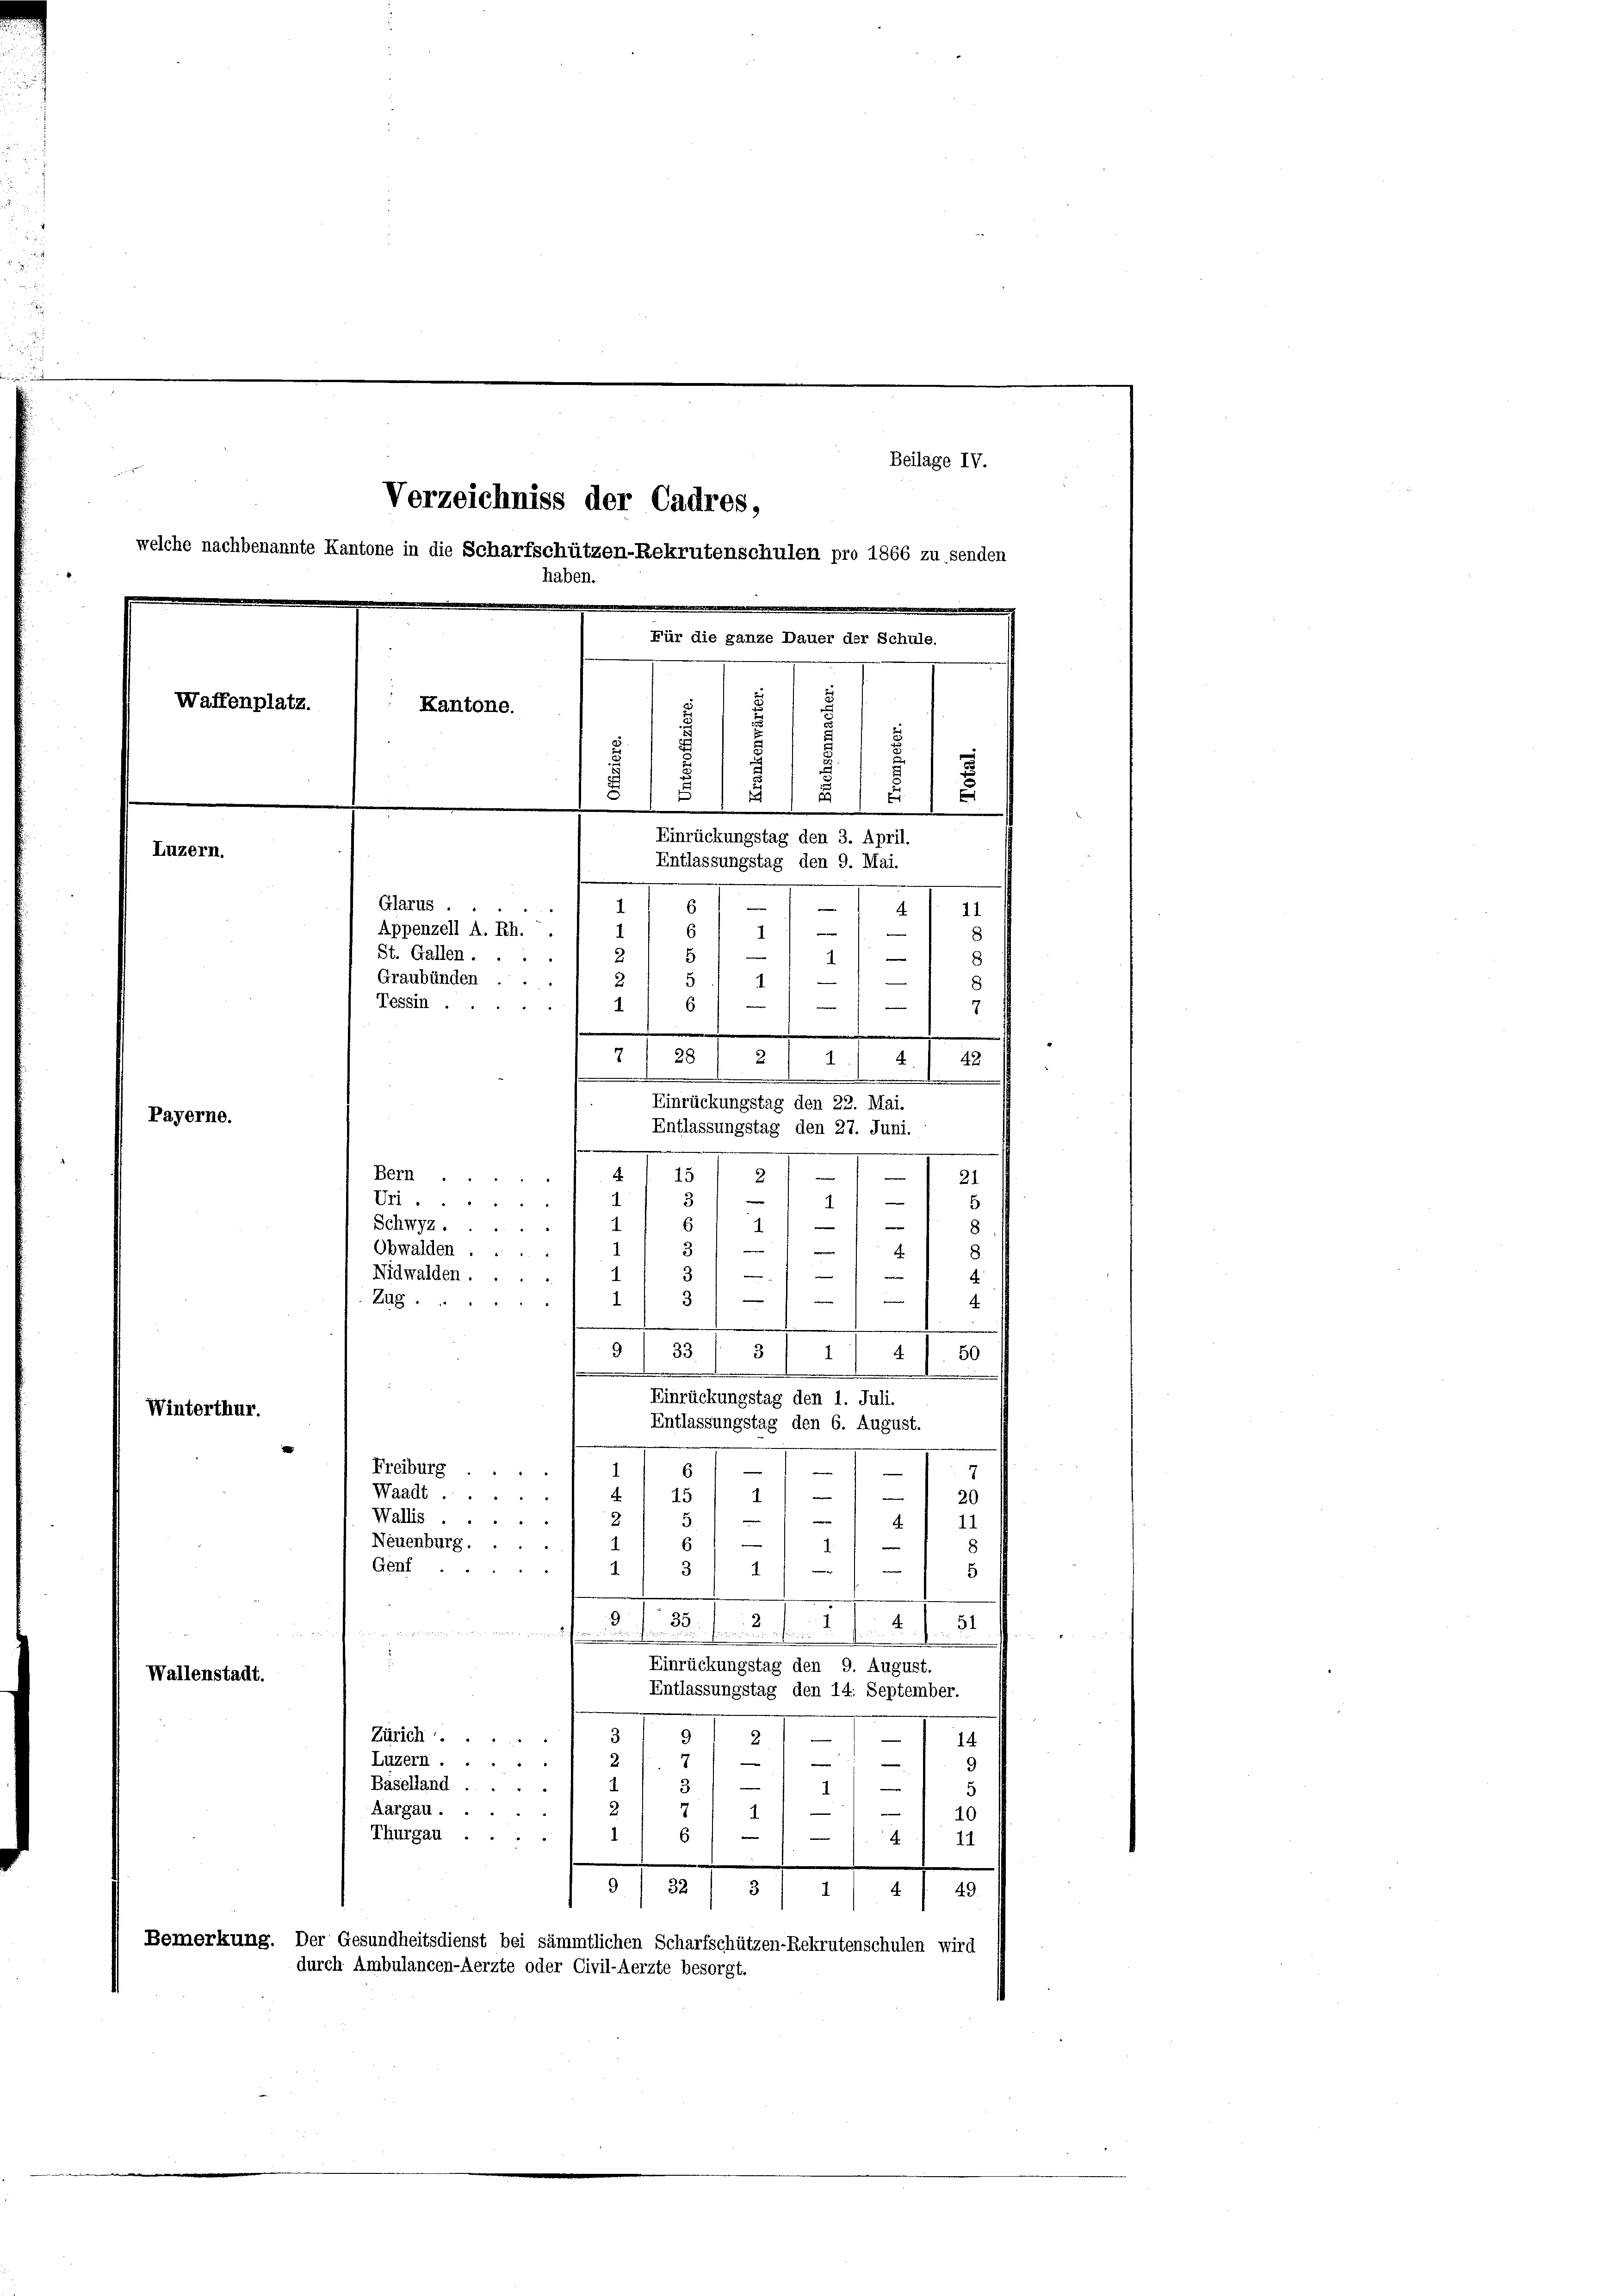
Beilage IV.
Verzeichniss der Cadres,
welche nachbenannte Kantone in die Scharfschützen-Rekrutenschulen pro 1866 zu senden
haben.
Für die ganze Dauer der Schule.
Waffenplatz.
Kantone.
s
s
i
u
1
1
E
.
Einrückungstag den 3. April.
Luzern.
Entlassungstag den 9. Mai.
Glarus.
e
6
e
4
11
Appenzell A. Rh. .
1
e
St. Gallen ....
1
.
A
Graubünden ....
4
e
Tessin .
—
6
1
44
d
7
28
2
42.
4
1
.
Einrückungstag den 22. Mai.

Payerne.
n
e
21

8
e
d
.
50
4
Winterthur.
7
—
¬
15
1
.
20

e
Wallis
.
11
Neuenburg.
e
1.
Genf
3
e
e

1
5
2
.
51
¬
.

Einrückungstag den 9. August.
Wallenstadt.
Entlassungstag den 14. September.
9
3
—
Zürich
—
2
14
2.

e
Luzern.
9
e
1
.
Baselland.
5
e
Aargau.
10
1
Thurgau.
1
6
.
4
11
32
9
4
3
4
49
Bemerkung. Der Gesundheitsdienst bei sämmtlichen Scharfschützen-Rekrutenschulen wird
durch Ambulancen-Aerzte oder Civil-Aerzte besorgt.

Entlassungstag den 27. Juni.
.
e
n
.

Bern.
15
4
Uri.
e
1
Schwyz.

3
Obwalden ...
.
Nidwalden.
i

1
Zag ..
.
31 1
9
33
.
Einrückungstag den 1. Juli.
Entlassungstag den 6. August.
Freiburg ..
—
e
6
Waadt .
e